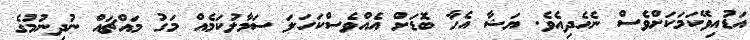
އަޑުއިވޭކަމަކަށްވެސް ނެހެދިއެވެ. ޔަޝާ އެހާ ބޮޑަށް އެއްވެސްކަހަލަ ސަމާލުކަމެއް މަގު މައްޗައް ނުދިނުމުގެ